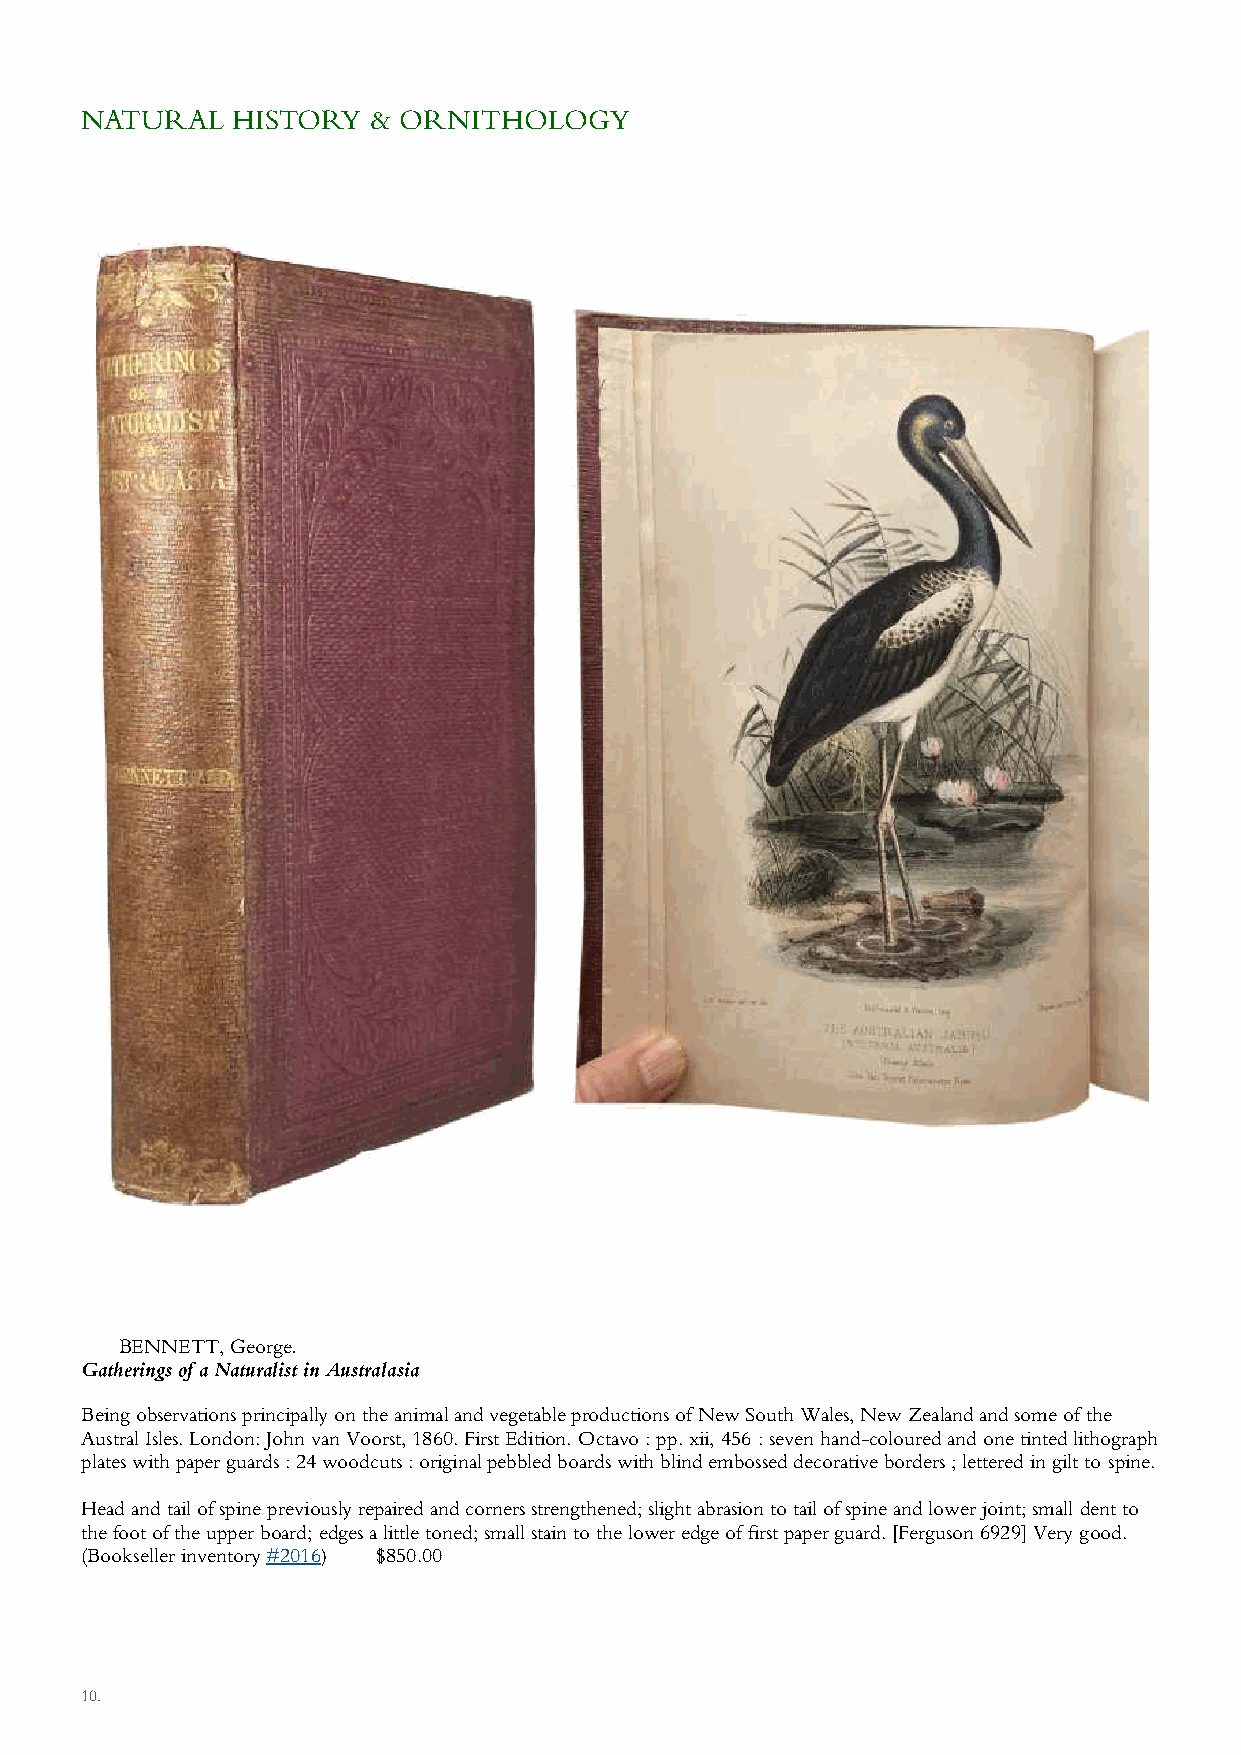
NATURAL   HISTORY   & ORNITHOLOGY
 BENNETT, George.
 Gatherings of a Naturalist in Australasia
 Being observations principally on the animal and vegetable productions of New South Wales, New Zealand and some of the
 Austral Isles. London: John van Voorst, 1860. First Edition. Octavo : pp. xii, 456 : seven hand-coloured and one tinted lithograph
 plates with paper guards : 24 woodcuts : original pebbled boards with blind embossed decorative borders ; lettered in gilt to spine.
 Head and tail of spine previously repaired and corners strengthened; slight abrasion to tail of spine and lower joint; small dent to
 the foot of the upper board; edges a little toned; small stain to the lower edge of first paper guard. [Ferguson 6929] Very good.
 (Bookseller inventory #2016) $850.00
 10.